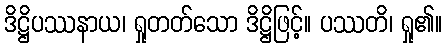
ဒိဋ္ဌိပဿနာယ၊ ရှုတတ်သော ဒိဋ္ဌိဖြင့်။ ပဿတိ၊ ရှု၏။